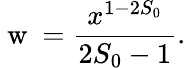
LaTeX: \mathrm{~w~}=\frac{x^{1-2S_{0}}}{2S_{0}-1}.